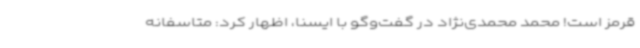
قرمز است! محمد محمدی‌نژاد در گفت‌وگو با ایسنا، اظهار کرد: متاسفانه